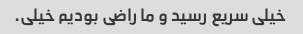
خیلی سریع رسید و ما راضی بودیم خیلی.